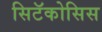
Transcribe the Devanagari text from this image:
सिटॅकोसिस